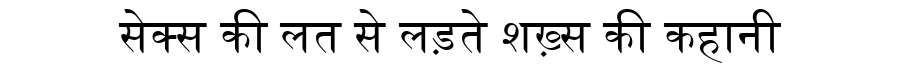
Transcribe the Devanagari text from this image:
सेक्स की लत से लड़ते शख़्स की कहानी